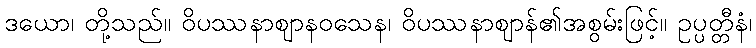
ဒယော၊ တို့သည်။ ဝိပဿနာဈာနဝသေန၊ ဝိပဿနာဈာန်၏အစွမ်းဖြင့်။ ဥပ္ပတ္တီနံ၊